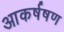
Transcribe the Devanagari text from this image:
आकर्षषण